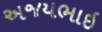
અજયભાઇ